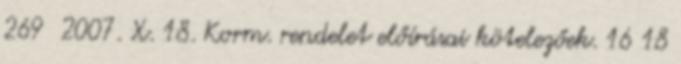
269 2007. X. 18. Korm. rendelet előírásai kötelezőek. 16 18